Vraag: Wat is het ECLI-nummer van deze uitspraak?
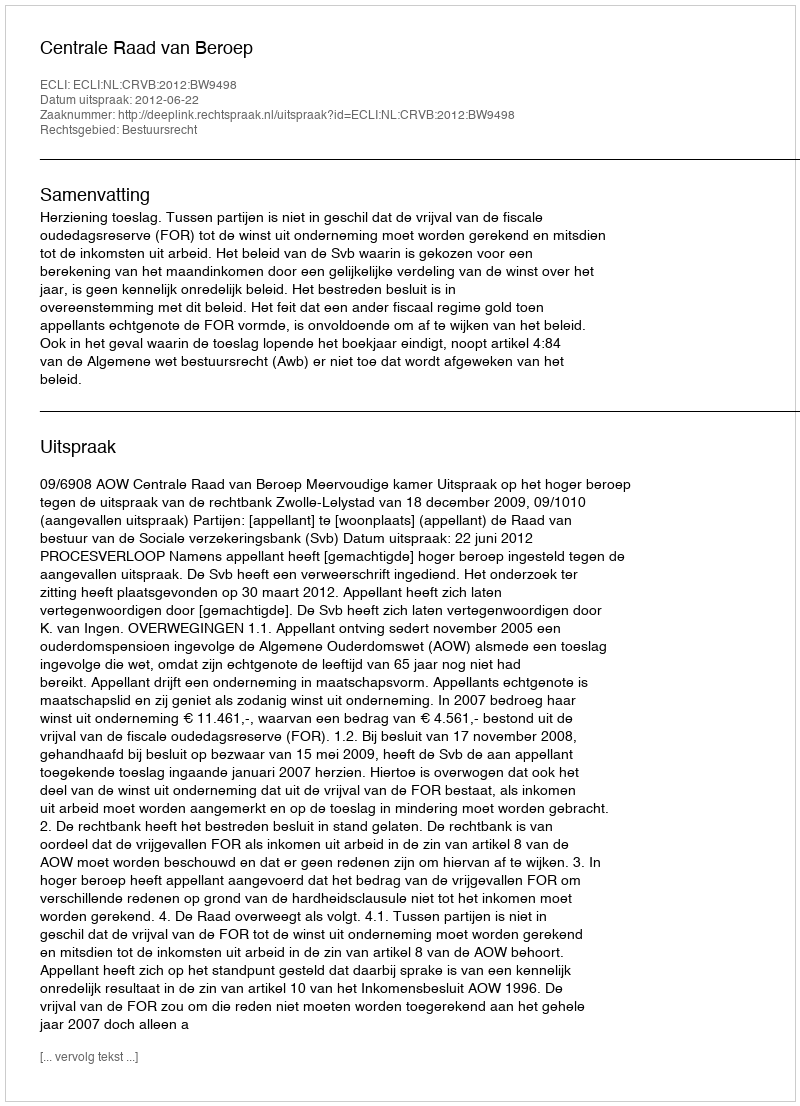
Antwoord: ECLI:NL:CRVB:2012:BW9498